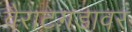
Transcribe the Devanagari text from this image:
वैराटगडावर